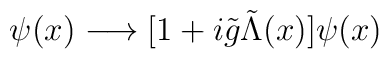
\psi(x) \longrightarrow [1+i \tilde{g} \tilde{\Lambda}(x)] \psi(x)